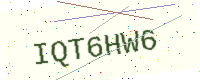
Text: IQT6HW6